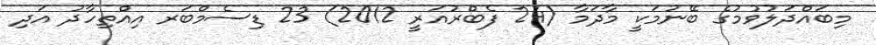
މިބައްދަލުވުމުގެ ބޭނުމަކީ މާދަމާ (24 ފެބްރުއަރީ 2012) 23 ޑިސެމްބަރ އިއްތިހާދު އަދި